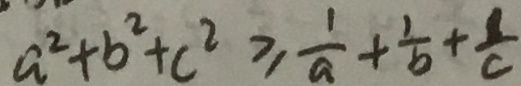
a ^ { 2 } + b ^ { 2 } + c ^ { 2 } \geq \frac { 1 } { a } + \frac { 1 } { b } + \frac { 1 } { c }